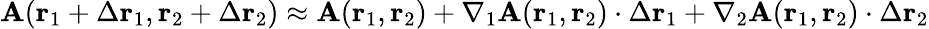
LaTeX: \mathbf{A}(\mathbf{{r}}_{1}+\Delta\mathbf{{r}}_{1},\mathbf{{r}}_{2}+\Delta\mathbf{{r}}_{2})\approx\mathbf{A}(\mathbf{{r}}_{1},\mathbf{{r}}_{2})+\nabla_{1}\mathbf{A}(\mathbf{{r}}_{1},\mathbf{{r}}_{2})\cdot\Delta\mathbf{{r}}_{1}+\nabla_{2}\mathbf{A}(\mathbf{{r}}_{1},\mathbf{{r}}_{2})\cdot\Delta\mathbf{{r}}_{2}